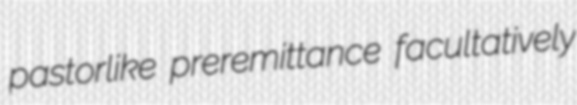
pastorlike preremittance facultatively